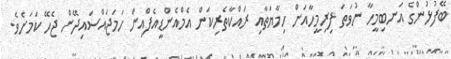
ބޭފުޅުންގެ އަނބިމީހާ ނުވަތަ ފިރިމީހާއަށް ހިމާޔަތާއި ރައްކާތެރިކަން އެމްއެންޑީއެފްއިން ހަމަޖައްސައިދޭން ޖެހޭ ކަމަށެވެ.